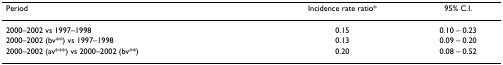
| Period | Incidence rate ratio* | 95% C.I. |
 | --- | --- | --- |
 | 2000–2002 vs 1997–1998 | 0.15 | 0.10 – 0.23 |
 | 2000–2002 (bv**) vs 1997–1998 | 0.13 | 0.09 – 0.20 |
 | 2000–2002 (av***) vs 2000–2002 (bv**) | 0.20 | 0.08 – 0.52 |